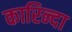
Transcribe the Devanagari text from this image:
कारिन्दा